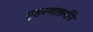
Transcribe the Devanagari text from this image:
गृहस्थाश्रमीने